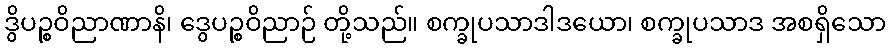
ဒွိပဉ္စဝိညာဏာနိ၊ ဒွေပဉ္စဝိညာဉ် တို့သည်။ စက္ခုပသာဒါဒယော၊ စက္ခုပသာဒ အစရှိသော